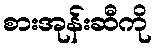
စားအုန်းဆီကို